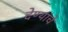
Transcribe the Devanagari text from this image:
देण्यांचे